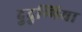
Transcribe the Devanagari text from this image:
दुदुम्भिया